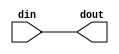
module bit_trunc(
          din,
          dout
    );

//========================================
//parameter define                        
//========================================
	 parameter WIDTH = 16;
	 parameter MSB   = 15;
	 parameter LSB   = 0;
     parameter ROUND = 0;
                          
//========================================
//input/output  declare
//========================================
   input      [WIDTH -1:0]    din ;
   output reg [MSB : LSB]     dout;


//========================================
//code begin here
//========================================	 
	 
wire [WIDTH -1:0] din_tmp;	 
generate
  if (ROUND == 1 && LSB > 0) begin: round
    assign din_tmp = din[LSB-1] == 1'b1 ? din + {{(WIDTH-LSB-1){din[WIDTH-1]}},1'b1,{(LSB){1'b0}}} : din;
  end
  else begin
    assign din_tmp = din;
  end
endgenerate

always@( * )
  begin
    if(din_tmp[WIDTH-1] == 1'b0 && ((|din_tmp[WIDTH-1 : MSB])) == 1'b1) //overflow	 
      dout <= {1'b0, {(MSB - LSB){1'b1}}};
    else if(din_tmp[WIDTH-1] == 1'b1 && ((&din_tmp[WIDTH-1 : MSB])) == 1'b0) //underflow  
      dout <= {1'b1, {(MSB - LSB){1'b0}}};
    else //without flow
      dout <= din_tmp[MSB : LSB];
  end

endmodule